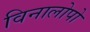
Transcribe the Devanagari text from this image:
विनालोपो